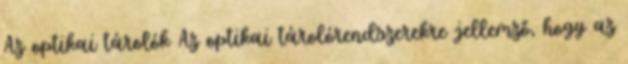
Az optikai tárolók Az optikai tárolórendszerekre jellemző, hogy az